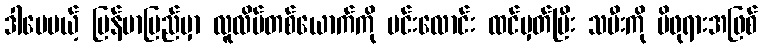
ဒါပေမယ့် မြန်မာပြည်မှာ လူလိမ်တစ်ယောက်ကို မင်းလောင်း ထင်မှတ်ပြီး သမီးကို မိဖုရားအဖြစ်